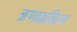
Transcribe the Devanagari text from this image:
ऋणाग्रकिरण